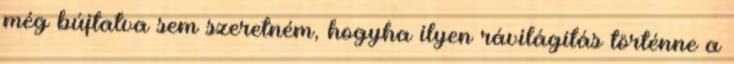
még bújtatva sem szeretném, hogyha ilyen rávilágítás történne a